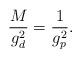
\begin{align*}\frac{M}{g^2_d} = \frac{1}{g^2_p} .\end{align*}